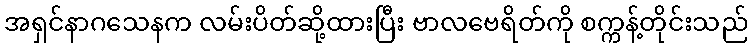
အရှင်နာဂသေနက လမ်းပိတ်ဆို့ထားပြီး ဗာလဗေရိတ်ကို စက္ကန့်တိုင်းသည်